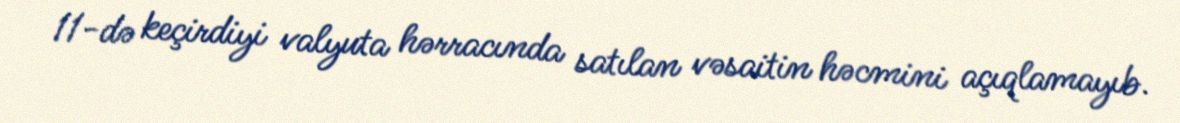
11-də keçirdiyi valyuta hərracında satılan vəsaitin həcmini açıqlamayıb.